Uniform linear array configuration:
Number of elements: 12
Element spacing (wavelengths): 0.25
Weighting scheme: kaiser
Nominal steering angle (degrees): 0
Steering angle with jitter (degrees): -0.988
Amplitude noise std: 0.05
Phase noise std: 0.05

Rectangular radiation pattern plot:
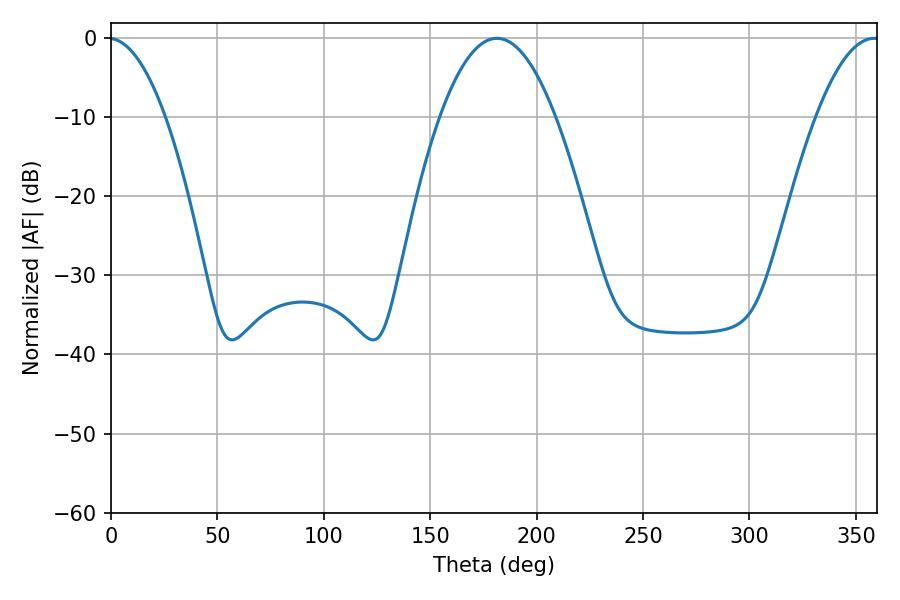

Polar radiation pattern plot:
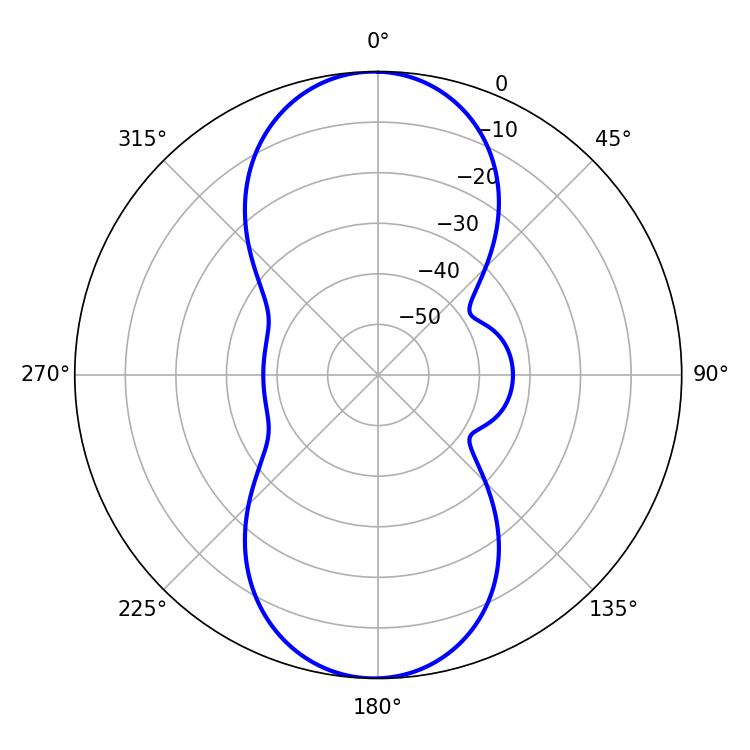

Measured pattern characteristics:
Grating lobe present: FALSE
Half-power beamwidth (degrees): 29.88
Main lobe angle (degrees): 181.26